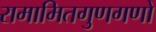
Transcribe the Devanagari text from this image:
रामामितगुणगणो